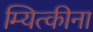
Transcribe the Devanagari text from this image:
म्यित्कीना